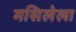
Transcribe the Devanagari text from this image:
मसिलेला